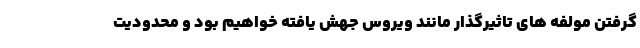
گرفتن مولفه های تاثیرگذار مانند ویروس جهش یافته خواهیم بود و محدودیت